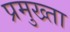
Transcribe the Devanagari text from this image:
प्रमुख्ता